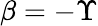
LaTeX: \beta=-\Upsilon